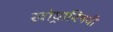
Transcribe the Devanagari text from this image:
खोर्‍याविषयी